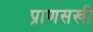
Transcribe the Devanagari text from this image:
प्राणसखी